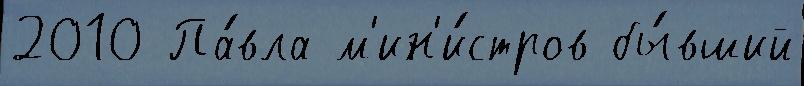
2010 Па́вла м'ин'и́стров бы́вший